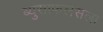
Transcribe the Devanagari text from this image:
ब्युसाफलसला